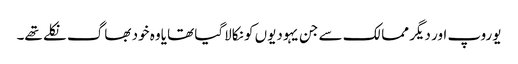
یوروپ اور دیگر ممالک سے جن یہودیوں کو نکالاگیا تھا یاوہ خود بھاگ نکلے تھے۔